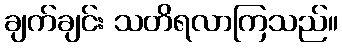
ချက်ချင်း သတိရလာကြသည်။